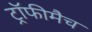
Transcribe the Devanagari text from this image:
ट्रॉफीमैच